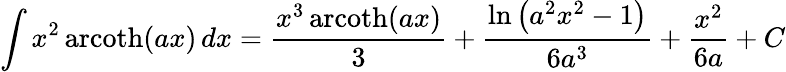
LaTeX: \int x^{2}\operatorname{arcoth}(ax)\, dx={\frac{x^{3}\operatorname{arcoth}(ax)}{3}}+{\frac{\ln\left(a^{2}x^{2}-1\right)}{6a^{3}}}+{\frac{x^{2}}{6a}}+C